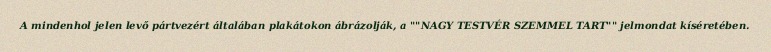
A mindenhol jelen levő pártvezért általában plakátokon ábrázolják, a ""NAGY TESTVÉR SZEMMEL TART"" jelmondat kíséretében.